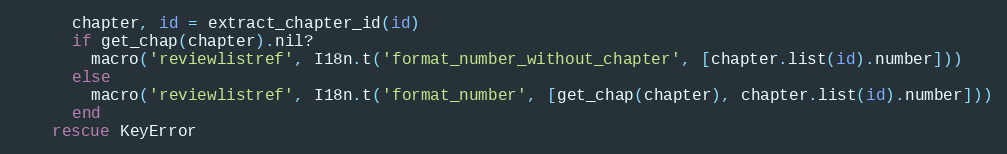
Language: Ruby
      chapter, id = extract_chapter_id(id)
      if get_chap(chapter).nil?
        macro('reviewlistref', I18n.t('format_number_without_chapter', [chapter.list(id).number]))
      else
        macro('reviewlistref', I18n.t('format_number', [get_chap(chapter), chapter.list(id).number]))
      end
    rescue KeyError